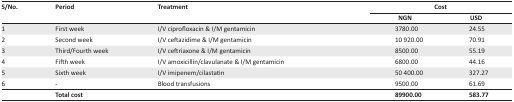
| <ROWSPAN=2> S/No. | <ROWSPAN=2> Period | <ROWSPAN=2> Treatment | <COLSPAN=2> Cost |
 | NGN | USD |
 | --- | --- | --- | --- | --- |
 | 1 | First week | I/V ciprofloxacin & I/M gentamicin | 3780.00 | 24.55 |
 | 2 | Second week | I/V ceftazidime & I/M gentamicin | 10 920.00 | 70.91 |
 | 3 | Third/Fourth week | I/V ceftriaxone & I/M gentamicin | 8500.00 | 55.19 |
 | 4 | Fifth week | I/V amoxicillin/clavulanate & I/M gentamicin | 6800.00 | 44.16 |
 | 5 | Sixth week | I/V imipenem/cilastatin | 50 400.00 | 327.27 |
 | 6 | - | Blood transfusions | 9500.00 | 61.69 |
 |  | Total cost |  | 89900.00 | 583.77 |